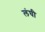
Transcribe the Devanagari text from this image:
लंघी